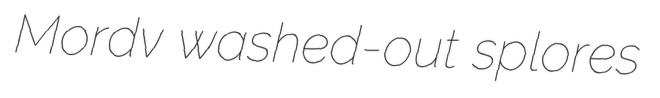
Mordv washed-out splores